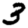
Digit: 3